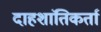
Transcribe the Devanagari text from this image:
दाहशांतिकर्ता